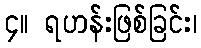
၄။ ရဟန်းဖြစ်ခြင်း၊